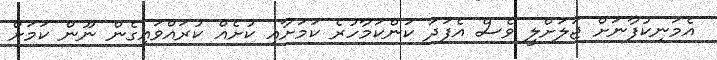
އެމަނިކުފާނަށް ޖަލަށްލީ ވެސް އެފަދަ ކަންކަމާހުރެ ކަމަށާއި ކުށެއް ކުރައްވައިގެން ނޫން ކަމަށް